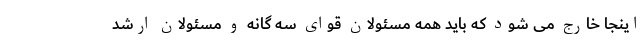
اینجا خارج می شود که باید همه مسئولان قوای سه گانه و مسئولان ارشد